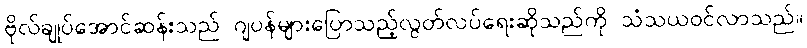
ဗိုလ်ချုပ်အောင်ဆန်းသည် ဂျပန်များပြောသည့်လွတ်လပ်ရေးဆိုသည်ကို သံသယဝင်လာသည်။